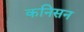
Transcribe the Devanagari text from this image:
कनिसन